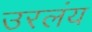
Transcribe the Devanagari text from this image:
उरलंय